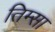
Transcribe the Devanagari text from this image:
तिम्सा